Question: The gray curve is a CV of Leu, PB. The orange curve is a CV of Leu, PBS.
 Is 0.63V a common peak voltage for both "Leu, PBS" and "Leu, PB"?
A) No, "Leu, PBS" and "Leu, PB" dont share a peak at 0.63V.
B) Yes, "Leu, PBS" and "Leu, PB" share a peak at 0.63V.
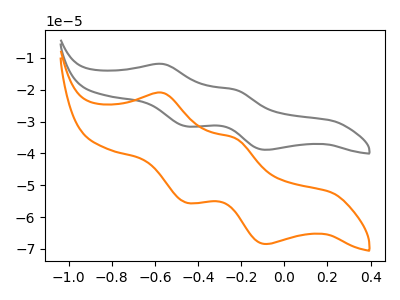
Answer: <think>The gray curve "Leu, PB" has anodic peaks at (-0.55V, -11.90uA) (-0.25V, -20.00uA) and cathodic peaks at (-0.45V, -31.50uA) (-0.10V, -38.85uA). The orange curve "Leu, PBS" has anodic peaks at (-0.55V, -21.00uA) (-0.25V, -35.20uA) and cathodic peaks at (-0.45V, -55.45uA) (-0.10V, -68.45uA).</think>
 <answer>A) No, "Leu, PBS" and "Leu, PB" dont share a peak at 0.63V.</answer>
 <eval>A</eval>